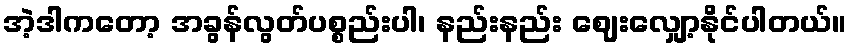
အဲ့ဒါကတော့ အခွန်လွတ်ပစ္စည်းပါ၊ နည်းနည်း ဈေးလျှော့နိုင်ပါတယ်။